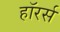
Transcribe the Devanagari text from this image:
हॉरर्स